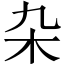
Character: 杂